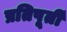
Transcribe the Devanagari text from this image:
प्रतिपूर्ती